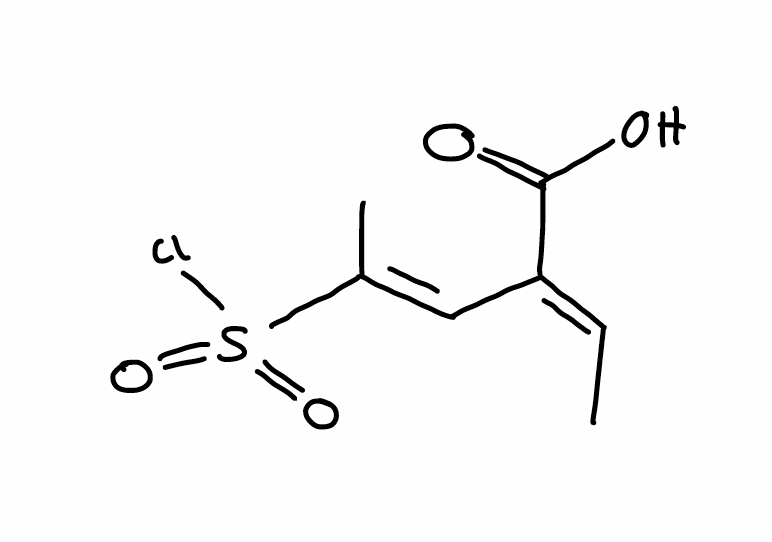
Simplified molecular-input line-entry system (SMILES) notation of the given molecule:
C/C=C(\C=C(/C)\S(=O)(=O)Cl)/C(=O)O